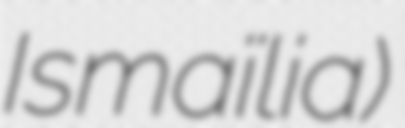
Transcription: Ismaïlia)